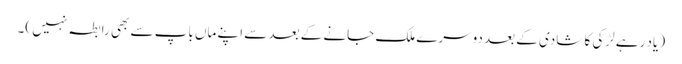
( یاد رہے لڑکی کا شادی کے بعد دوسرے ملک جانے کے بعد سے اپنے ماں باپ سے بھی رابطہ نہیں )۔